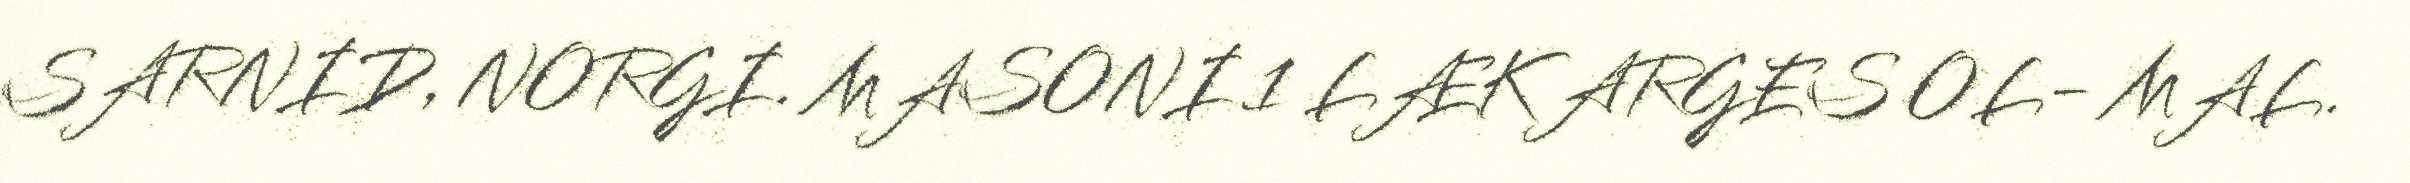
SARNID, NORGI. MASONI 1 LÆK ARGES OL- MAL.